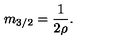
m _ { 3 / 2 } = \frac { 1 } { 2 \rho } .